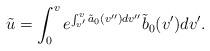
\begin{align*} \tilde{u}=\int_0^ve^{\int_{v'}^{v}\tilde{a}_0(v'')dv''}\tilde{b}_0(v')dv'.\end{align*}